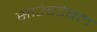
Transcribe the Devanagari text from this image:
साउंडटेबल